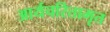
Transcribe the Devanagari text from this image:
आर्यचरितामृत